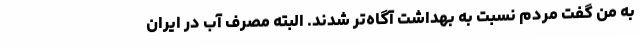
به من گفت مردم نسبت به بهداشت آگاه‌تر شدند. البته مصرف آب در ایران